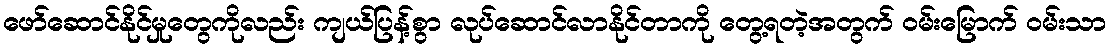
ဖော်ဆောင်နိုင်မှုတွေကိုလည်း ကျယ်ပြန့်စွာ လုပ်ဆောင်လာနိုင်တာကို တွေ့ရတဲ့အတွက် ဝမ်းမြောက် ဝမ်းသာ